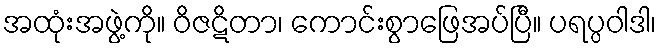
အထုံးအဖွဲ့ကို။ ဝိဇဋိတာ၊ ကောင်းစွာဖြေအပ်ပြီ။ ပရပ္ပဝါဒါ၊